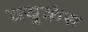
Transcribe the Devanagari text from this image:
क्यूर्कस